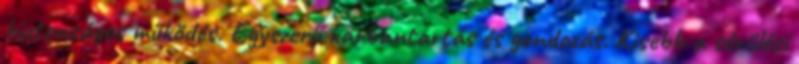
biztonságos működés. Egyszerű karbantartás és gondozás. Kisebb a sérülési